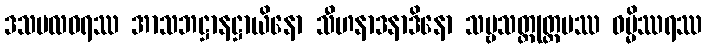
ဒသဗလဓရဿ အာသဘဋ္ဌာနဋ္ဌာယိနော သီဟနာဒနာဒိနော သဗ္ဗသတ္တုတ္တမဿ ဓမ္မိဿရဿ